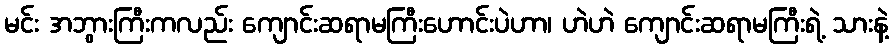
မင်း အဘွားကြီးကလည်း ကျောင်းဆရာမကြီးဟောင်းပဲဟာ၊ ဟဲဟဲ ကျောင်းဆရာမကြီးရဲ့ သားနဲ့